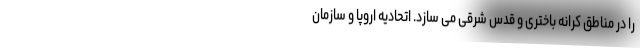
را در مناطق کرانه باختری و قدس شرقی می سازد. اتحادیه اروپا و سازمان